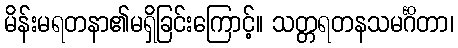
မိန်းမရတနာ၏မရှိခြင်းကြောင့်။ သတ္တရတနသမင်္ဂိတာ၊